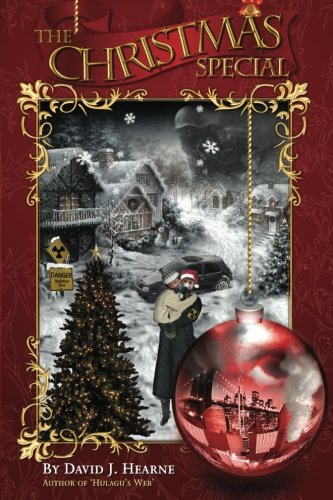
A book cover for The Christmas Special; David J Hearne; Christian Books & Bibles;